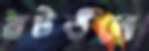
বটতলে